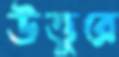
উত্তুরে